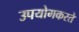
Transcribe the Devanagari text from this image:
उपयोगकरते